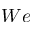
W e